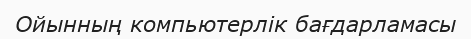
Ойынның компьютерлік бағдарламасы